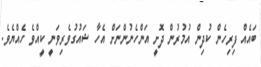
ބައެއް ފިރިހެން ކުދިން އުމުރުން ދޮށީ އަންހެނުންނަށް އެހާ ޝައުގުވެރިވަނީ ކީއްވެ ހެއްޔެވެ.